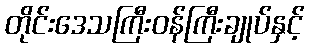
တိုင်းဒေသကြီးဝန်ကြီးချုပ်နှင့်